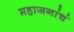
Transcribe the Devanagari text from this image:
महाजनांचं